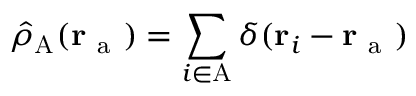
\hat { \rho } _ { \mathrm { A } } ( \mathbf { r } _ { \mathrm { ~ a ~ } } ) = \sum _ { i \in \mathrm { A } } \delta ( \mathbf { r } _ { i } - \mathbf { r } _ { \mathrm { ~ a ~ } } )